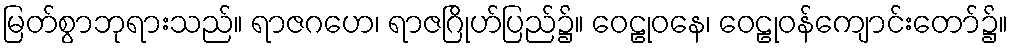
မြတ်စွာဘုရားသည်။ ရာဇဂဟေ၊ ရာဇဂြိုဟ်ပြည်၌။ ဝေဠုဝနေ၊ ဝေဠုဝန်ကျောင်းတော်၌။